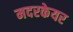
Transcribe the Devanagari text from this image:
मदरकेयर